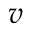
\boldsymbol { v }